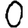
Digit: 0